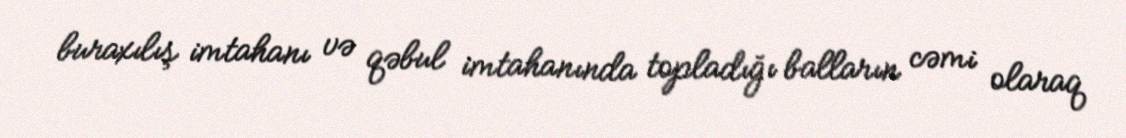
buraxılış imtahanı və qəbul imtahanında topladığı balların cəmi olaraq